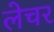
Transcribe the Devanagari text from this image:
लेचर